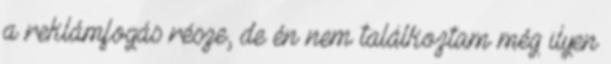
a reklámfogás része, de én nem találkoztam még ilyen